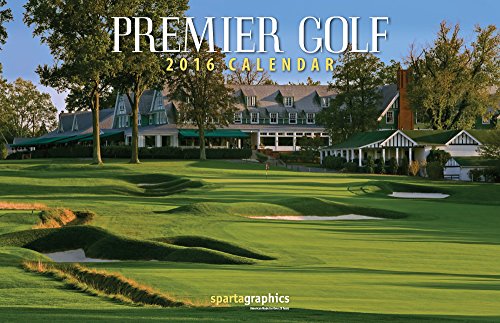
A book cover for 2016 Premier Golf Deluxe Wall Calendar; Sparta Calendars; Calendars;